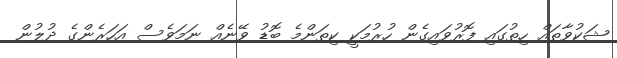
ޝަކުވާތައް ހިތުގައި ފޮރުވައިގެން ހުރުމަކީ ކިތަންމެ ބޮޑު ވޭނެއް ނަމަވެސް އަހަރެންގެ ދުލުން